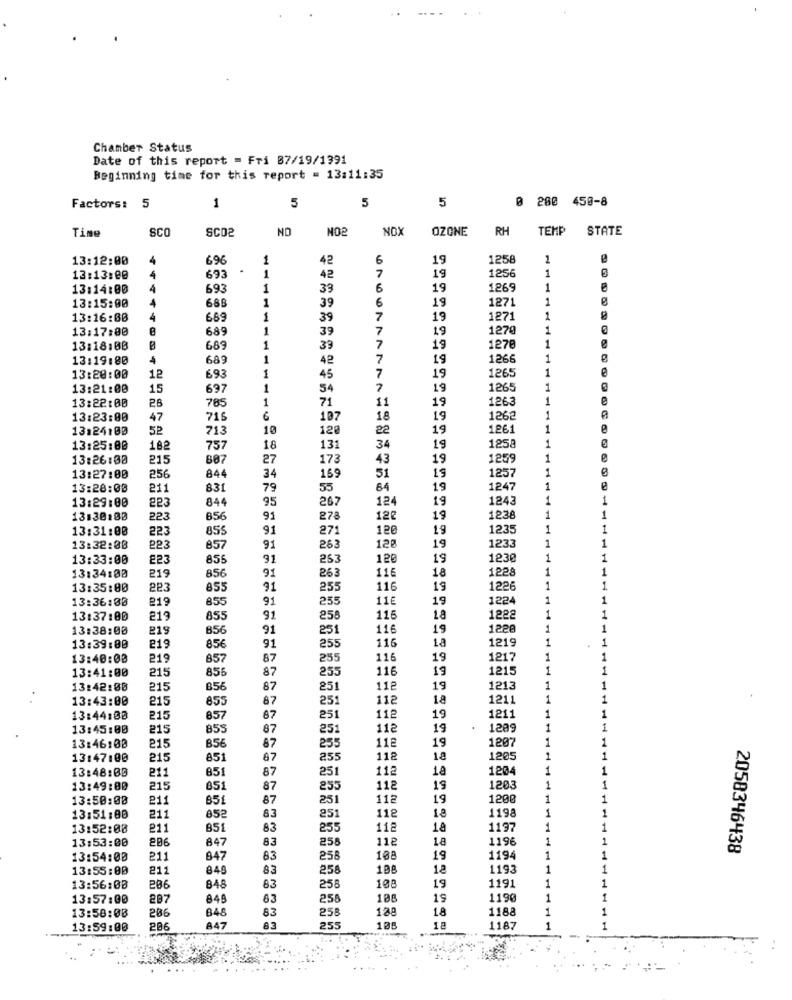
Chamber Status
Date of this report = Fri 87/19/1991
Beginning time for this report = 13:11:35
5
5
5
0 200 450-8
Factors:
1
Tine
SCO
SCO2
NO
NOP
NOX
OZONE
RH
TEMP
STATE
13:12:00
696
1
42
6
19
125
1
.
1
1
13:13:00
4
693
42
19
1256
13:14:00
693
1
39
6
19
1265
1
13:15:00
1
6
127
1
688
39
19
13:16:00
4
689
39
7
19
127
1
13:17:00
689
--
39
7
19
1270
1
1
e
13:18:00
689
1
33
7
19
1270
13:19:80
4
689
1
42
7
19
1266
1
19
1
e
13:20:00
12
693
1
45
7
1265
13:21:00
15
697
1
54
7
19
126:
1
13:22:00
26
1
71
11
19
126
1
785
13:23:00
47
716
6
107
18
19
126
1
13:24:00
52
713
10
12
22
19
1261
1
13:25:00
182
757
18
13
34
19
1258
1
13:26:00
215
887
27
173
43
19
1259
1
19
125
1
13:27:00
256
844
34
51
13:28:00
211
831
79
55
84
19
1247
1
13:29:00
223
844
95
267
124
19
1243
1
13:30:00
223
856
91
278
126
19
123
1
13:31:00
223
855
91
271
120
19
1235
1
19
13:32:00
223
857
91
263
12º
123
13:33:00
223
855
91
263
120
19
1230
13:34:00
91
263
116
18
1228
219
856
13:35:00
223
855
91
255
116
19
1226
13:36:00
219
855
91
255
116
19
1224
13:37:00
219
855
91
258
116
18
1222
13:38:00
856
91
251
116
19
1228
116
18
1219
1
1
13:39:00
219
856
91
255
13:40:00
219
857
87
255
116
19
1217
215
856
25
116
19
1215
1
13:41:00
87
13:42:00
215
87
251
112
19
1213
1
13:43:00
215
855
87
251
118
18
1211
1
13:44:00
215
857
87
251
112
19
1211
1
13:45:00
215
855
87
25
118
19
1209
1
13:46:00
215
118
19
1207
1
87
255
13:47:00
215
851
87
112
18
1205
1
13:48:00
211
851
87
251
112
18
1204
1
13:49:00
215
851
87
255
118
19
1203
1
13:50:00
211
87
251
112
19
1200
1
1198
1
13:51:00
211
83
25
118
18
13:52:08
211
851
83
255
118
18
1197
1
206
847
258
118
18
1196
1
13:53:00
83
2058346438
13:54:00
211
847
83
258
108
19
1194
1
13:55:00
211
848
83
258
108
18
1193
1
1
848
1191
1
1
13:56:00
206
83
258
108
19
13:57:00
207
845
63
258
108
19
1190
1
1
13:58:00
206
848
258
128
18
1188
1
1
83
13:59:00
206
A47
83
255
10:
18
1187
1
1